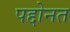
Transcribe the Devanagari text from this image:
पद्दोनत